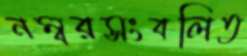
নম্বরসংবলিত